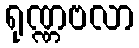
ရုဏ္ဏဗလာ